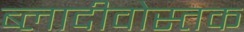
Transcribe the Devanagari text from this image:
ब्लादीवोस्तक